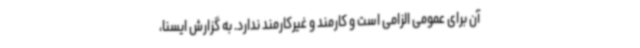
آن برای عمومی الزامی است و کارمند و غیرکارمند ندارد. به گزارش ایسنا،